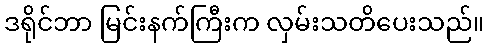
ဒရိုင်ဘာ မြင်းနက်ကြီးက လှမ်းသတိပေးသည်။